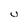
Character: U